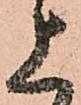
上